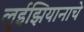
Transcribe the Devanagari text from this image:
लुईझियानाचे